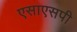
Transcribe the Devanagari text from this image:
एसाएसपी